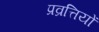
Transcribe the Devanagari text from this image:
प्रव्रत्तियों